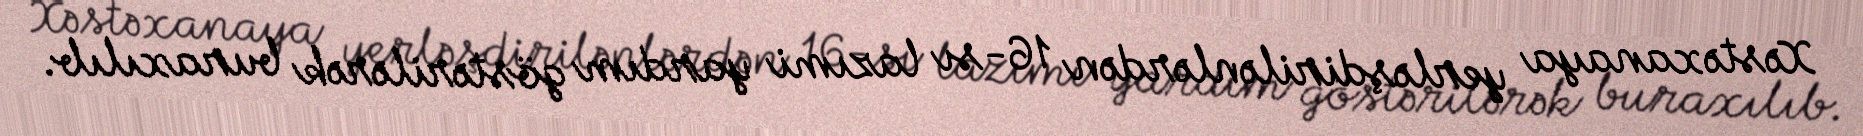
Xəstəxanaya yerləşdirilənlərdən 16-sı lazımi yardım göstərilərək buraxılıb.